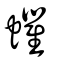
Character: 蠷